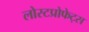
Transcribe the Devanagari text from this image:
लोस्टप्रोफेट्स